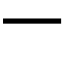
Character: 一